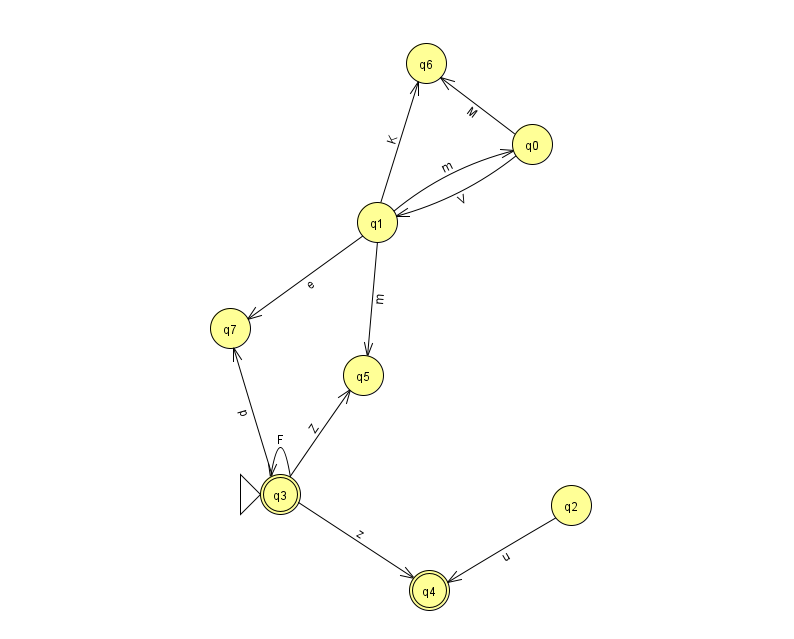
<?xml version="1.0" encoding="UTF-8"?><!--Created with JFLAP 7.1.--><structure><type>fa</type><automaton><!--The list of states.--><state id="0" name="q0"><x>532.0</x><y>131.0</y></state><state id="1" name="q1"><x>377.0</x><y>209.0</y></state><state id="2" name="q2"><x>571.0</x><y>492.0</y></state><state id="3" name="q3"><x>280.0</x><y>481.0</y><initial/><final/></state><state id="4" name="q4"><x>429.0</x><y>577.0</y><final/></state><state id="5" name="q5"><x>363.0</x><y>362.0</y></state><state id="6" name="q6"><x>426.0</x><y>50.0</y></state><state id="7" name="q7"><x>230.0</x><y>315.0</y></state><!--The list of transitions.--><transition><from>2</from><to>4</to><read>u</read></transition><transition><from>3</from><to>4</to><read>z</read></transition><transition><from>1</from><to>0</to><read>m</read></transition><transition><from>1</from><to>6</to><read>K</read></transition><transition><from>3</from><to>3</to><read>F</read></transition><transition><from>0</from><to>1</to><read>V</read></transition><transition><from>1</from><to>7</to><read>e</read></transition><transition><from>3</from><to>7</to><read>p</read></transition><transition><from>0</from><to>6</to><read>M</read></transition><transition><from>1</from><to>5</to><read>m</read></transition><transition><from>3</from><to>5</to><read>Z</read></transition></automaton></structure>